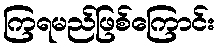
ကြရမည်ဖြစ်ကြောင်း